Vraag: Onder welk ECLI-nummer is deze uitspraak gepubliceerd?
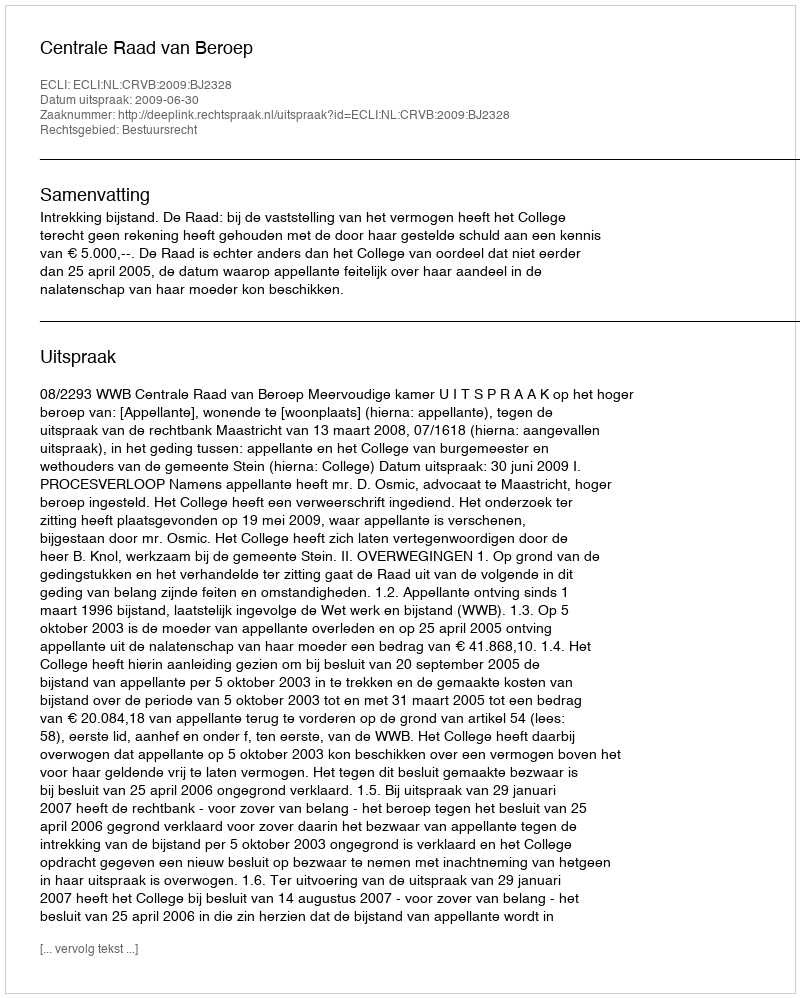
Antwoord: ECLI:NL:CRVB:2009:BJ2328